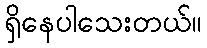
ရှိနေပါသေးတယ်။